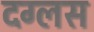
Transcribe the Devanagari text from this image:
दग्लस